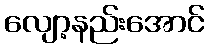
လျော့နည်းအောင်